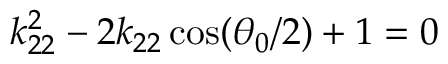
k _ { 2 2 } ^ { 2 } - 2 k _ { 2 2 } \cos ( \theta _ { 0 } / 2 ) + 1 = 0